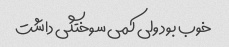
خوب بود ولی کمی سوختگی داشت